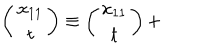
\left( \begin{matrix} { { x _ { 1 1 } } } \\ { { t } } \\ \end{matrix} \right) \equiv \left( \begin{matrix} { { x _ { 1 1 } } } \\ { { t } } \\ \end{matrix} \right) +